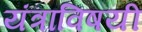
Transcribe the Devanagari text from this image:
यंत्राविषयी